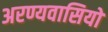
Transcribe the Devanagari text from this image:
अरण्यवासियों